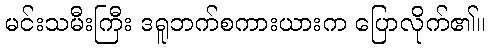
မင်းသမီးကြီး ဒရူဘက်စကားယားက ပြောလိုက်၏။